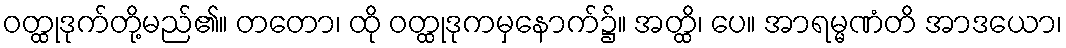
ဝတ္ထုဒုက်တို့မည်၏။ တတော၊ ထို ဝတ္ထုဒုကမှနောက်၌။ အတ္ထိ၊ ပေ။ အာရမ္မဏံတိ အာဒယော၊